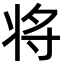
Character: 将